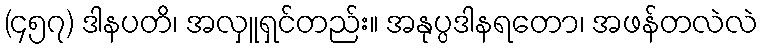
(၄၅၇) ဒါနပတိ၊ အလှူရှင်တည်း။ အနုပ္ပဒါနရတော၊ အဖန်တလဲလဲ